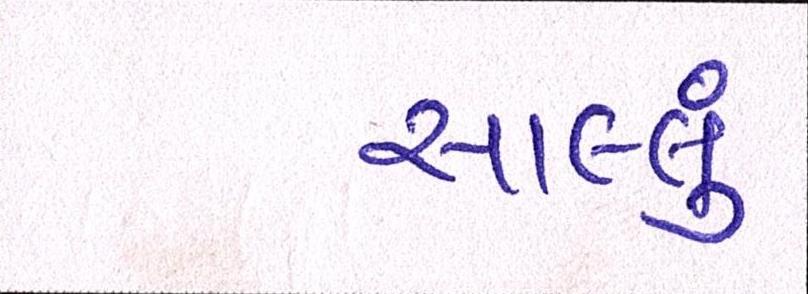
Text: સાલ્લું